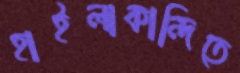
হাইলাকান্দিতে